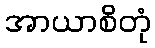
အာယာစိတုံ